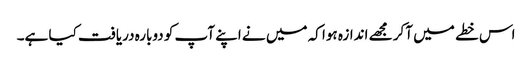
اس خطے میں آکر مجھے اندازہ ہوا کہ میں نے اپنے آپ کو دوبارہ دریافت کیا ہے۔